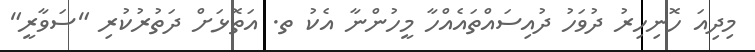
މިދިއަ ހޮނިހިރު ދުވަހު ދުއިސައްތައެއްހާ މީހުންނާ އެކު ތ. އަތޮޅަށް ދަތުރުކުރި "ސަވާރީ"